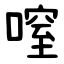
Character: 㗧